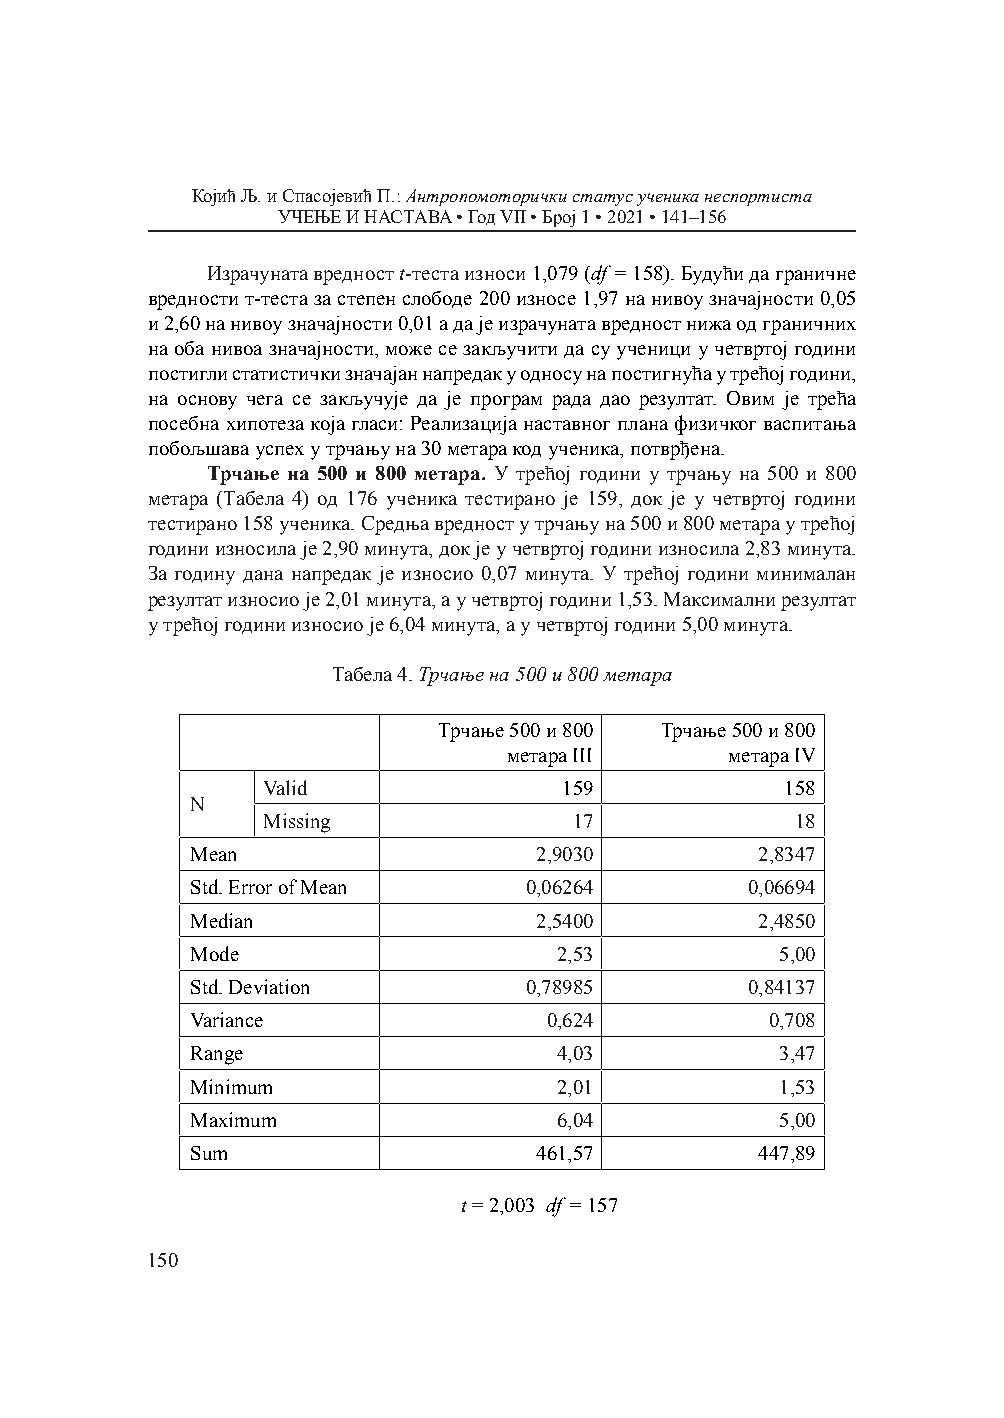
Којић Љ. и Спасојевић П.: Антропомоторички статус ученика неспортиста
 УЧЕЊЕ И НАСТАВА • Год VII • Број 1 • 2021 • 141–156
 Израчуната вредност t-теста износи 1,079 (df = 158). Будући да граничне
 вредности т-теста за степен слободе 200 износе 1,97 на нивоу значајности 0,05
 и 2,60 на нивоу значајности 0,01 а да је израчуната вредност нижа од граничних
 на оба нивоа значајности, може се закључити да су ученици у четвртој години
 постигли статистички значајан напредак у односу на постигнућа у трећој години,
 на основу чега се закључује да је програм рада дао резултат. Овим је трећа
 посебна хипотеза која гласи: Реализација наставног плана физичког васпитања
 побољшава успех у трчању на 30 метара код ученика, потврђена.
 Трчање на 500 и 800 метара. У трећој години у трчању на 500 и 800
 метара (Табела 4) од 176 ученика тестирано је 159, док је у четвртој години
 тестирано 158 ученика. Средња вредност у трчању на 500 и 800 метара у трећој
 години износила је 2,90 минута, док је у четвртој години износила 2,83 минута.
 За годину дана напредак је износио 0,07 минута. У трећој години минималан
 резултат износио је 2,01 минута, а у четвртој години 1,53. Максимални резултат
 у трећој години износио је 6,04 минута, а у четвртој години 5,00 минута.
 Табела 4. Трчање на 500 и 800 метара
 Трчање 500 и 800 Трчање 500 и 800
 метара III    метара IV
 Valid               159            158
 N
 Missing              17             18
 Mean                  2,9030         2,8347
 Std. Error of Mean    0,06264        0,06694
 Median                2,5400         2,4850
 Mode                    2,53           5,00
 Std. Deviation        0,78985        0,84137
 Variance               0,624          0,708
 Range                   4,03           3,47
 Minimum                 2,01           1,53
 Maximum                 6,04           5,00
 Sum                   461,57         447,89
 t                    = 2,003 df = 157
 150